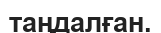
таңдалған.